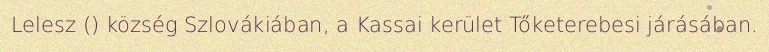
Lelesz () község Szlovákiában, a Kassai kerület Tőketerebesi járásában.